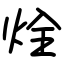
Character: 烇